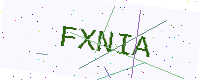
Text: FXNIA